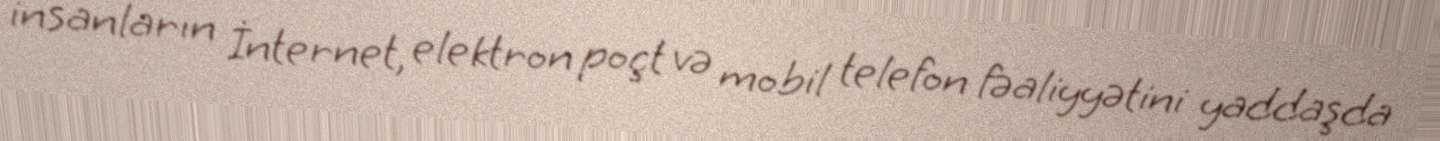
insanların İnternet, elektron poçt və mobil telefon fəaliyyətini yaddaşda